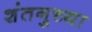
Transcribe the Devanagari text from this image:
शंतनुच्या